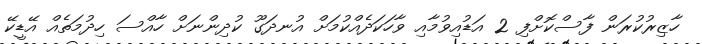
ހާޒިރުކުރަން ފާސްކޮށްފި 2 އަޑުއިވުމާއި ވާހަކަދެއްކުމަށް އުނދަގޫ ކުދިންނަށް ހާއްސަ ހިދުމަތެއް އޭޑީކޭ